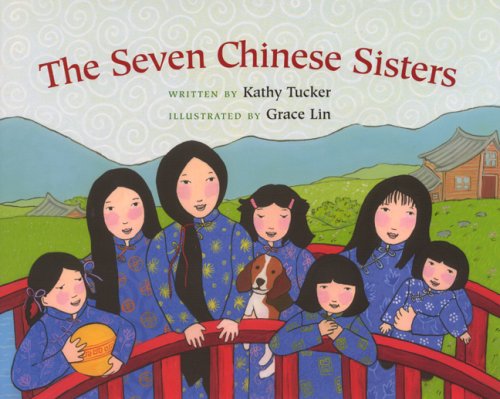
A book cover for The Seven Chinese Sisters; Kathy Tucker; Children's Books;